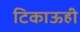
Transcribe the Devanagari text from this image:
टिकाऊही